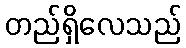
တည်ရှိလေသည်